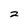
Character: 2